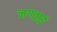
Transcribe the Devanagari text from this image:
नगवाई